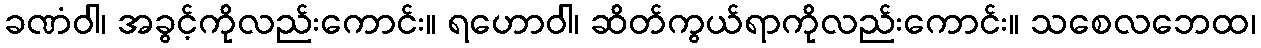
ခဏံဝါ၊ အခွင့်ကိုလည်းကောင်း။ ရဟောဝါ၊ ဆိတ်ကွယ်ရာကိုလည်းကောင်း။ သစေလဘေထ၊